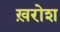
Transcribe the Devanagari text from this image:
ख़रोश